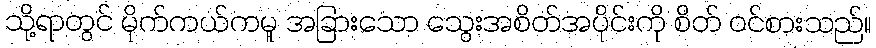
သို့ရာတွင် မိုက်ကယ်ကမူ အခြားသော သွေးအစိတ်အပိုင်းကို စိတ် ဝင်စားသည်။